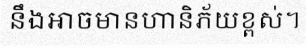
នឹងអាចមានហានិភ័យខ្ពស់។